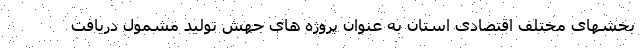
بخشهای مختلف اقتصادی استان به عنوان پروژه های جهش تولید مشمول دریافت